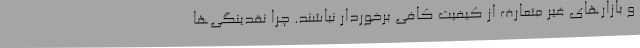
و بازارهای غیر متعارف از کیفیت کافی برخوردار نباشند. چرا نقدینگی‌ها